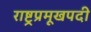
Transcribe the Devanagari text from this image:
राष्ट्रप्रमूखपदी